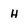
Character: H